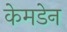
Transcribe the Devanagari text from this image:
केमडेन